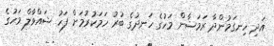
އަދި ހިނގަމުންދާ ރަމަޟާން މަހުގެ ހަނދުގެ ބުރު ހަމަކުރުމަށް ފަހު ޝައްވާލް މަހުގެ